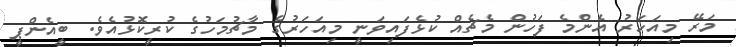
މަރޭ މިއަހަރު އެންމެ ފަހުން މެޗެއް ކުޅެފައިވަނީ މިއަހަރުގެ މާޗުމަހުގެ ކުރީކޮޅުއެވެ. ބީއެންޕީ